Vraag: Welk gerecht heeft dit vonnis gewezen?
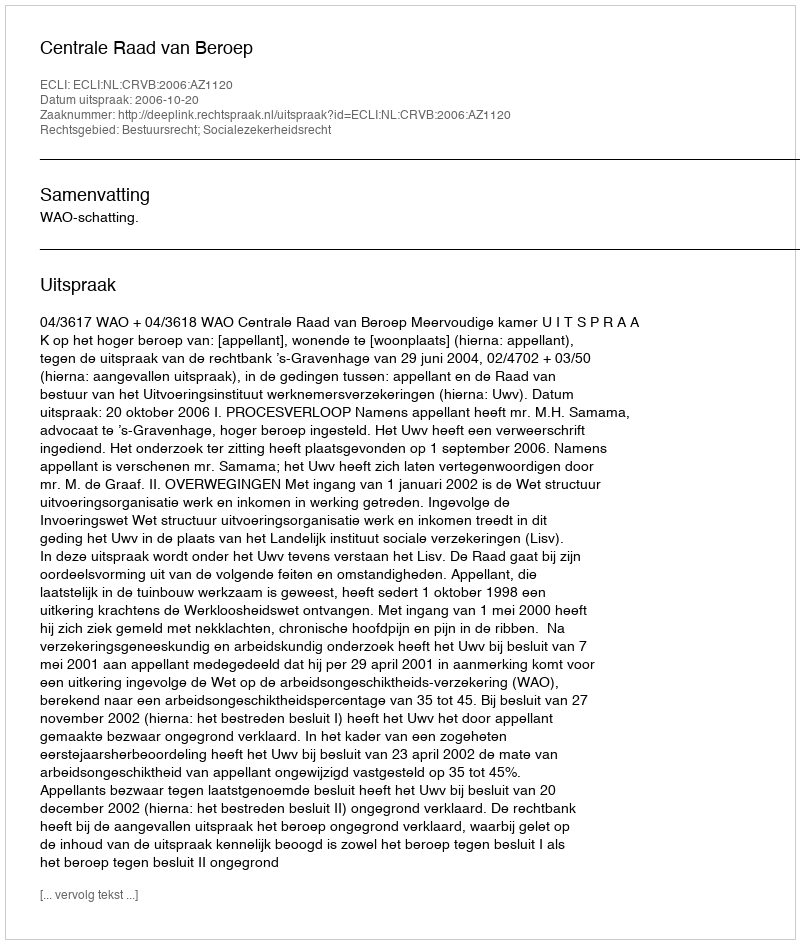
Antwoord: Centrale Raad van Beroep